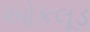
ઓકલૂડ